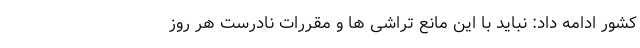
کشور ادامه داد: نباید با این مانع تراشی ها و مقررات نادرست هر روز